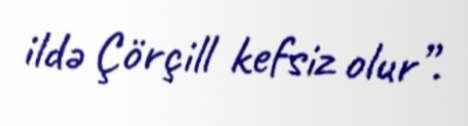
ildə Çörçill kefsiz olur”.